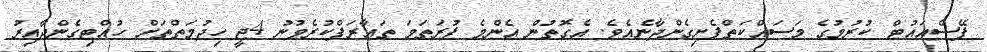
ފޭސްއައުޓް ކުރުމުގެ މަސައްކަތްފެށިގެންދާނެއެވެ. އެގޮތުން އެންމެ ފުރަތަމަ ތައާރަފްކުރެވުނު 4ޖީ ހިދުމަތްތަށް ހުއްޓިގެންދާއިރު